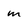
Character: m